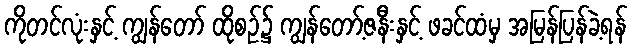
ကိုတင်လုံးနှင့် ကျွန်တော် ထိုစဉ်၌ ကျွန်တော့်ဇနီးနှင့် ဖခင်ထံမှ အမြန်ပြန်ခဲ့ရန်